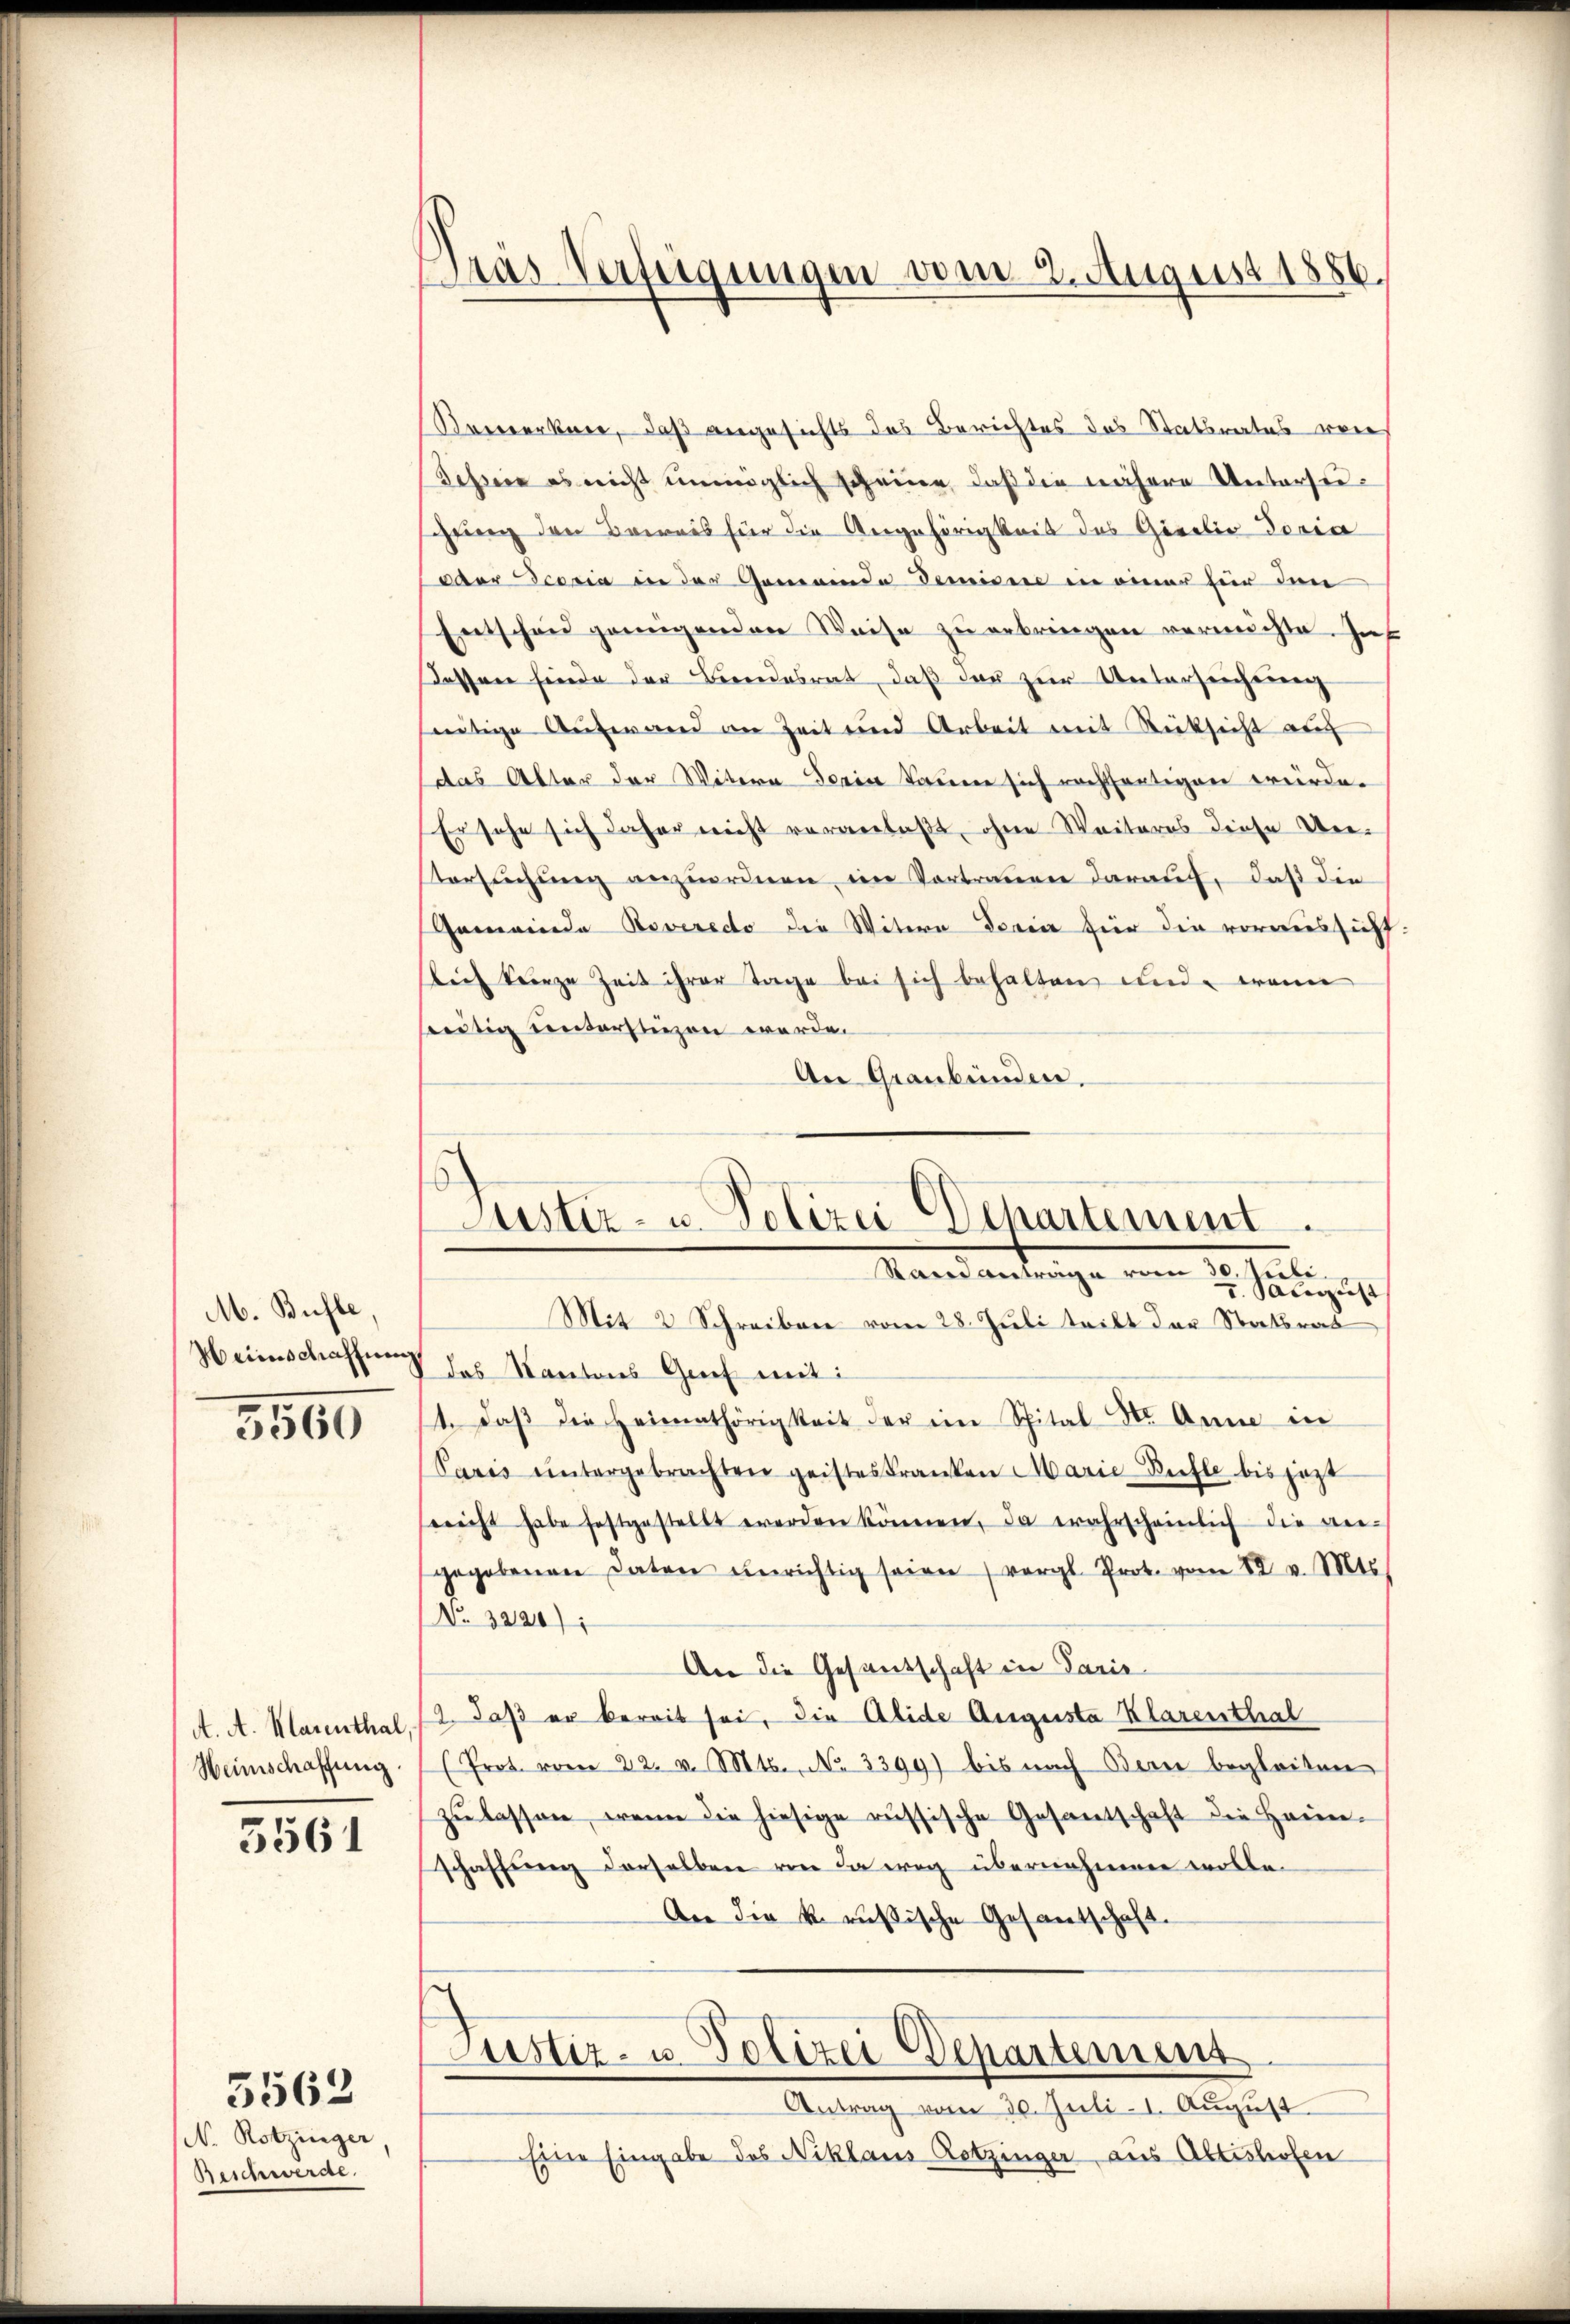
M. Bühle,
Weinschaffnen

5560

A. A. Marenthal,
Weinschaffung.

5561

N. Rotzinger
Beschwerde.

5562

Remerken, daß angesichts das Berichtes das Statsrates vers
Schreie es nicht unmöglich scheine, daß die nähere Untersuglung den Beweis für die Angehörigkeit des Giebig Iovia
vor Josia in der Gemeinde Demisere in einer für den
Entscheid genügenden Weise zu erbringen vermöchte. In
Kessen finde der Beendesrat, daß das zur Untersuchung
seitige Auswand an Zeit und Arbeit mit Rücksicht auc
das Alter der Witern Sein kaum sich nachtfertigen würde.
Er sehe sich daher nicht veranlaßt, ohne Weiteres diese Un-
Versuchung anzuordnen, im Vortrauen darauf, daß die
Gemeinde Boveredo die Witern deria für die voraussicht.
Leih kurze Zeit ihrer Tage bei sich behalten und wenn
seitig unterstüzen werde.
An Graubünden.

Tras Verfügungen vom 2. August 1886.

Luster- u. Polizei Departement.
Vili.
Randanträge vom 2. Seligist

Mit 2 Schreiben vom 28. Juli teilt der Statsrat
das Kantons Grief mit:
11. daβ die Heimathörigkeit der im Spital Nr. Anna in
Paris ŭntergebrachten geisteskranken Marie-Bühle bis jezt
reicht habe festgestellt werden können, da wahrscheinlich die an-
gegebenen Daten unrichtig seien vergl. Prot. vom 22. v. Mts.
No. 3220);
An die Gesandschaft in Paris
2. daß er bereit sei, die Alide Auguste Klarenthal
(Prot. vom 22. v. Mts., No 3399) bis nach Bern begleiten
zŭ lassen, wenn die hiesige russische Gesantschaft die Haus-
schaffung derselben von da weg übernahmen wolle.
An die k. russische Gesantschaft.
Justiz- u. Polizei Departement
Antrag vom 30. Juli-I. August
Eine Eingabe des Niklaus Rotzinger aus Altishofen